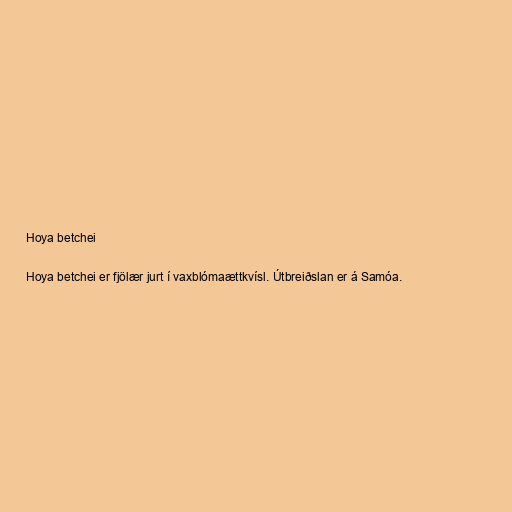
Hoya betchei

Hoya betchei er fjölær jurt í vaxblómaættkvísl. Útbreiðslan er á Samóa.